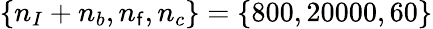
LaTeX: \{ n_{I}+n_{b},n_{\mathsf{f}},n_{c}\} =\{ 800,20000,60\}